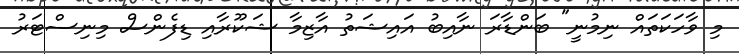
މި ވާހަކަތައް ނިމުނީ" ބަންޑާރަ ނާއިބު އައިޝަތު އާޒިމާ ޝަކޫރާއި ޑިފެންސް މިނިސްޓަރު